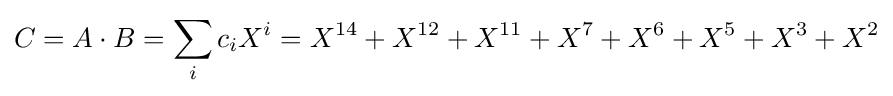
C=A\cdot B=\sum _{i}c_{i}X^{i}=X^{14}+X^{12}+X^{11}+X^{7}+X^{6}+X^{5}+X^{3}+X^{2}